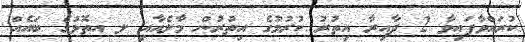
ކުރައްވާފައިވާ 2 ދާއިރާ އިތުރު ކުރުމުގެ އިތުރުން މާލެއާއި ލ އތޮޅުގެ ބައެއް